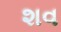
શવ